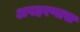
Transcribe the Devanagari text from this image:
अपहरणास